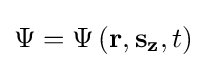
\Psi =\Psi \left(\mathbf {r} ,\mathbf {s_{z}} ,t\right)